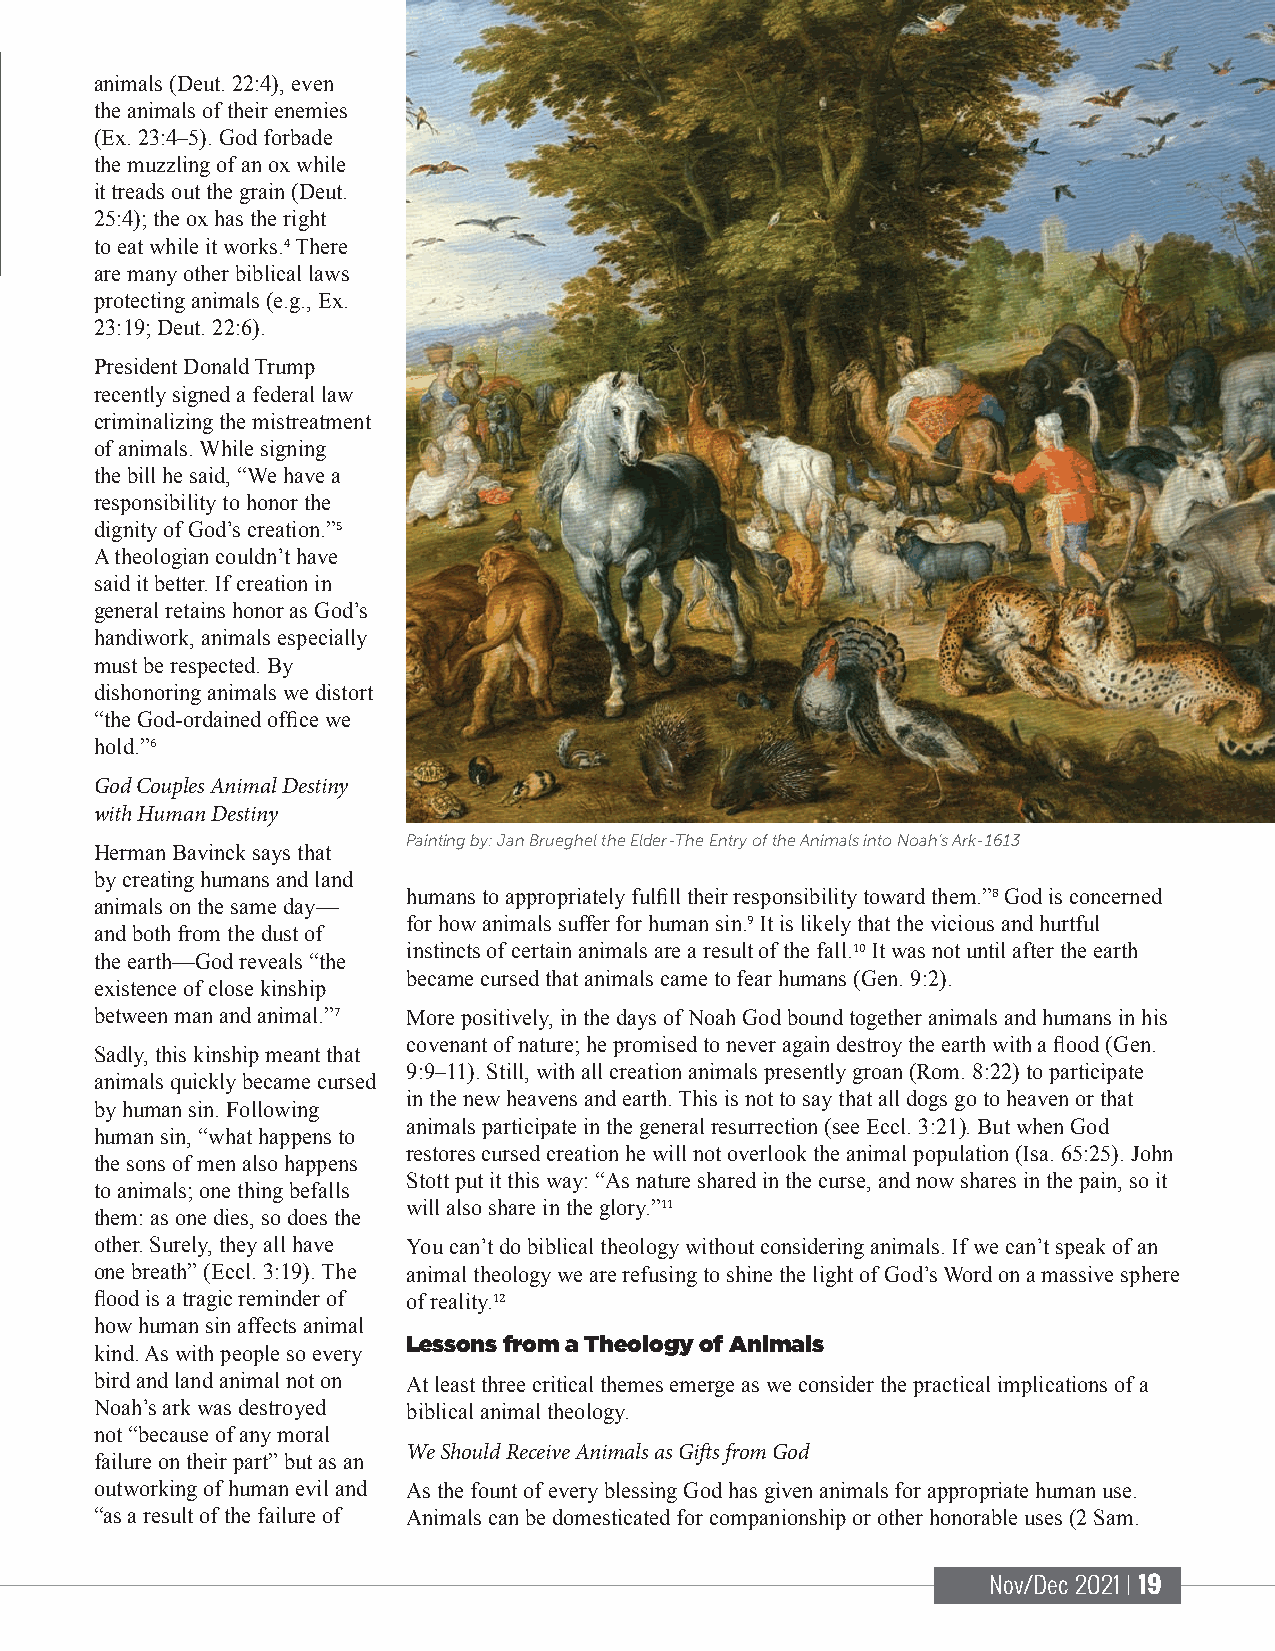
animals (Deut. 22:4), even
 the animals of their enemies
 (Ex. 23:4–5). God forbade
 the muzzling of an ox while
 it treads out the grain (Deut.
 25:4); the ox has the right
 to eat while it works. There
 are many other biblic4al laws
 protecting animals (e.g., Ex.
 23:19; Deut. 22:6).
 President Donald Trump
 recently signed a federal law
 criminalizing the mistreatment
 of animals. While signing
 the bill he said, “We have a
 responsibility to honor the
 dignity of God’s creation.”
 A theologian couldn’t have5
 said it better. If creation in
 general retains honor as God’s
 handiwork, animals especially
 must be respected. By
 dishonoring animals we distort
 “the God-ordained office we
 hold.”
 6
 God Couples Animal Destiny
 with Human Destiny
 Painting by: Jan Brueghel the Elder-The Entry of the Animals into Noah’s Ark-1613
 Herman Bavinck says that
 by creating humans and land
 humans to appropriately fulfill their responsibility toward them.” God is concerned
 animals on the same day—
 for how animals suffer for human sin. It is likely that the vicious8 and hurtful
 and both from the dust of
 instincts of certain animals are a result9 of the fall. It was not until after the earth
 the earth—God reveals “the
 became cursed that animals came to fear humans 1(0Gen. 9:2).
 existence of close kinship
 between man and animal.” More positively, in the days of Noah God bound together animals and humans in his
 7    covenant of nature; he promised to never again destroy the earth with a flood (Gen.
 Sadly, this kinship meant that
 9:9–11). Still, with all creation animals presently groan (Rom. 8:22) to participate
 animals quickly became cursed
 in the new heavens and earth. This is not to say that all dogs go to heaven or that
 by human sin. Following
 animals participate in the general resurrection (see Eccl. 3:21). But when God
 human sin, “what happens to
 restores cursed creation he will not overlook the animal population (Isa. 65:25). John
 the sons of men also happens
 Stott put it this way: “As nature shared in the curse, and now shares in the pain, so it
 to animals; one thing befalls
 will also share in the glory.”
 them: as one dies, so does the
 11
 other. Surely, they all have You can’t do biblical theology without considering animals. If we can’t speak of an
 one breath” (Eccl. 3:19). The animal theology we are refusing to shine the light of God’s Word on a massive sphere
 flood is a tragic reminder of of reality.
 how human sin affects animal 12
 Lessons from a Theology of Animals
 kind. As with people so every
 bird and land animal not on At least three critical themes emerge as we consider the practical implications of a
 Noah’s ark was destroyed biblical animal theology.
 not “because of any moral
 We Should Receive Animals as Gifts from God
 failure on their part” but as an
 outworking of human evil and As the fount of every blessing God has given animals for appropriate human use.
 “as a result of the failure of Animals can be domesticated for companionship or other honorable uses (2 Sam.
 Nov/Dec 2021 | 19